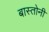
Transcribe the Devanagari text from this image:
बास्तोनी